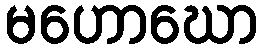
မဟောဃော